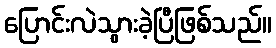
ပြောင်းလဲသွားခဲ့ပြီဖြစ်သည်။